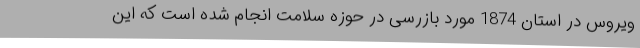
ویروس در استان 1874 مورد بازرسی در حوزه سلامت انجام شده است که این